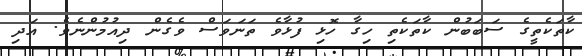
ކާތަކެތީގެ ސަބަބުން ކާތަކެތި ހިގާ ހޮޅި ފުޅާވެ ތަނަވަސް ވެގެން ދިއުމުންނެވެ. އަދި